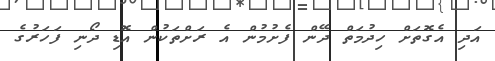
އަދި އެގޮތަށް ހިދުމަތް ދޭން ފެށުމުން އެ ރަށްތަކުން އޮޑި ދޯނި ފަހަރުގެ